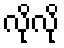
လိုလို